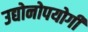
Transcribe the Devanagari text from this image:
उद्योनोपयोगी